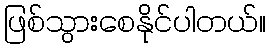
ဖြစ်သွားစေနိုင်ပါတယ်။